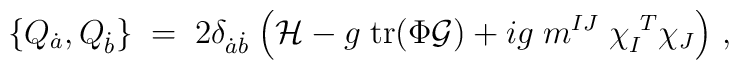
\{ Q_{\dot a}, Q_{\dot b} \}\;  =\;  2 \delta_{{\dot a}{\dot b}}\;\Bigl(  {\cal H} -  {g}\;  {\rm tr}( \Phi {\cal G}) +ig \; m^{IJ}\;  \chi_I^{\ T} \chi_J  \Bigr)\ ,